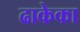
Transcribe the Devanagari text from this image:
ढाकेका